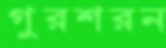
গুরশরন